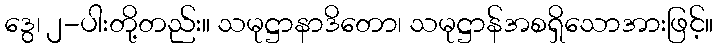
ဒွေ၊ ၂-ပါးတို့တည်း။ သမုဋ္ဌာနာဒိတော၊ သမုဋ္ဌာန်အစရှိသောအားဖြင့်။